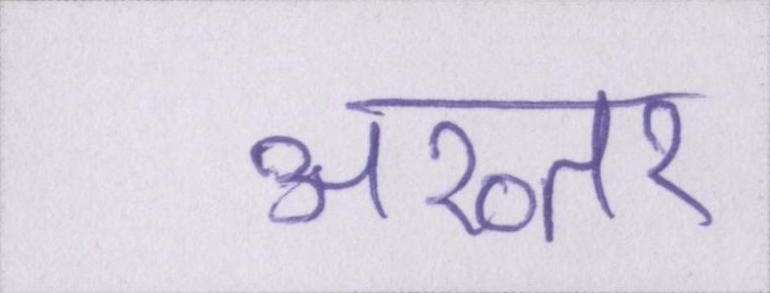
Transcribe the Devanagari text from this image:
अख्तर